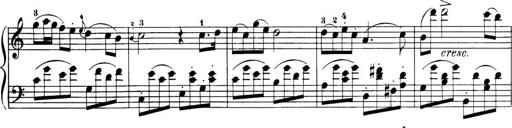
Title: 32 Sonatinas and Rondos for the Piano
Composer: Richard Kleinmichel